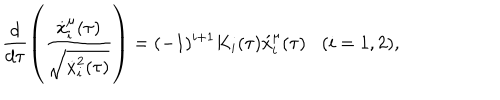
\frac { d } { d \tau } \left( \frac { \dot { x } _ { i } ^ { \mu } ( \tau ) } { \sqrt { \dot { x } _ { i } ^ { 2 } ( \tau ) } } \right) = ( - 1 ) ^ { i + 1 } K _ { i } ( \tau ) \acute { x } _ { i } ^ { \mu } ( \tau ) \, \, \, \, \, ( i = 1 , 2 ) ,